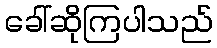
ခေါ်ဆိုကြပါသည်